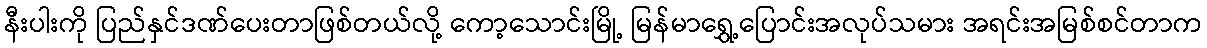
နီးပါးကို ပြည်နှင်ဒဏ်ပေးတာဖြစ်တယ်လို့ ကော့သောင်းမြို့ မြန်မာရွှေ့ပြောင်းအလုပ်သမား အရင်းအမြစ်စင်တာက